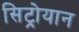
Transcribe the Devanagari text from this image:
सिट्रोयान